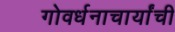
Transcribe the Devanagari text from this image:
गोवर्धनाचार्यांची